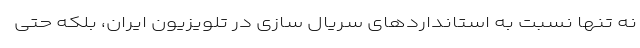
نه تنها نسبت به استانداردهای سریال سازی در تلویزیون ایران، بلکه حتی